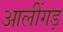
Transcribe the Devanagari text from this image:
आलींगड़